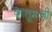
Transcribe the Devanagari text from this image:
धातूंमाजी